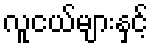
လူငယ်များနှင့်